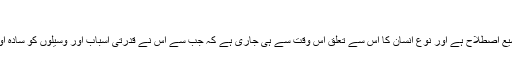
بیانترميم
ٹیکنالوجی ایک بہت وسیع اصطلاح ہے اور نوع انسان کا اس سے تعلق اس وقت سے ہی جاری ہے کہ جب سے اس نے قدرتی اسباب اور وسیلوں کو سادہ اوزاروں میں بدلنا سیکھا۔